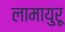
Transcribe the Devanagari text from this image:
लामायुरू